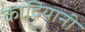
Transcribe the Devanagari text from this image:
कादियानी